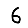
Digit: 6